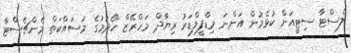
ލެސްޓާ ސިޓީއަށް ކުޅެމުން އަންނަ މިޑްފީލްޑަރު ރިޔާދް މަހްރޭޒް ހޯދުމުގެ މަސައްކަތް މެންޗެސްޓާ